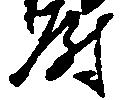
尉